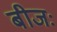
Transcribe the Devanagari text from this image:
बीजः